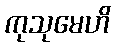
ကုသုမေဟိ